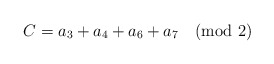
\begin{align*}C = a_3 + a_4 + a_6 + a_7 \quad {\rm (mod\ 2)}\end{align*}